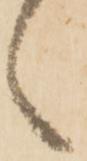
え